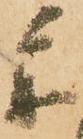
參